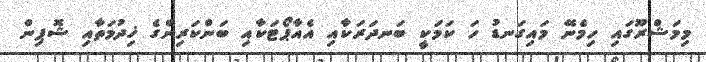
މިމަޝްރޫގައި ހިމެނޭ މައިގަނޑު ހަ ކަމަކީ ބަނދަރަކާއި އެއާޕޯޓަކާއި ބަންކަރިންގެ ޚިދުމަތާއި ޝޮޕިން